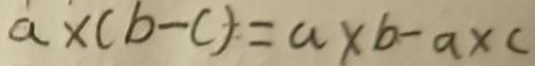
a \times ( b - c ) = a \times b - a \times c